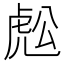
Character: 𧆷